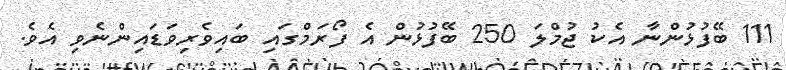
111 ބޭފުޅުންނާ އެކު ޖުމްލަ 250 ބޭފުޅުން އެ ފޯރަމްގައި ބައިވެރިވަޑައިންނެވި އެވެ.